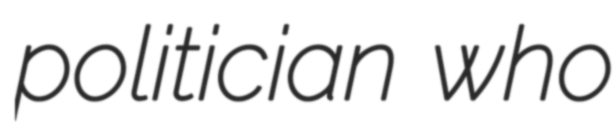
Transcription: politician who